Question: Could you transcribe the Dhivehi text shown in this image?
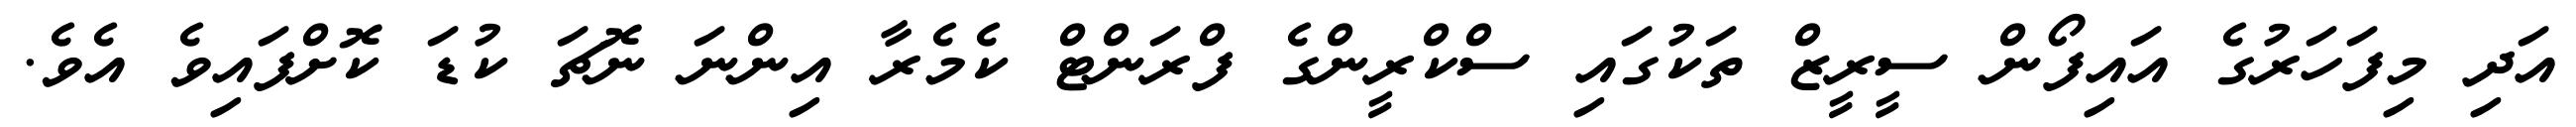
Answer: އަދި މިފަހަރުގެ އައިފޯން ސީރީޒް ތަކުގައި ސްކްރީންގެ ފްރަންޓް ކެމެރާ އިންނަ ނޮޗަ ކުޑަ ކޮށްފައިވެ އެވެ.